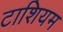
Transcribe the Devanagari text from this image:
टाशियम